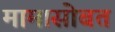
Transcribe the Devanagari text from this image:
मामासोबत